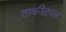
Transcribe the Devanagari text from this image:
ताकीदपत्र